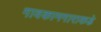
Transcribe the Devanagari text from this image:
गावकामगाराकडे